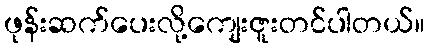
ဖုန်းဆက်ပေးလို့ကျေးဇူးတင်ပါတယ်။